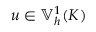
u \in \mathbb { V } _ { h } ^ { 1 } ( K )